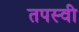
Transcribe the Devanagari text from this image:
तपस्‍वी